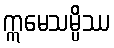
ဣမေသမ္ပိဿ